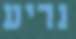
נריע